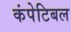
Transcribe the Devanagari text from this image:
कंपेटिबल